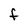
Character: F